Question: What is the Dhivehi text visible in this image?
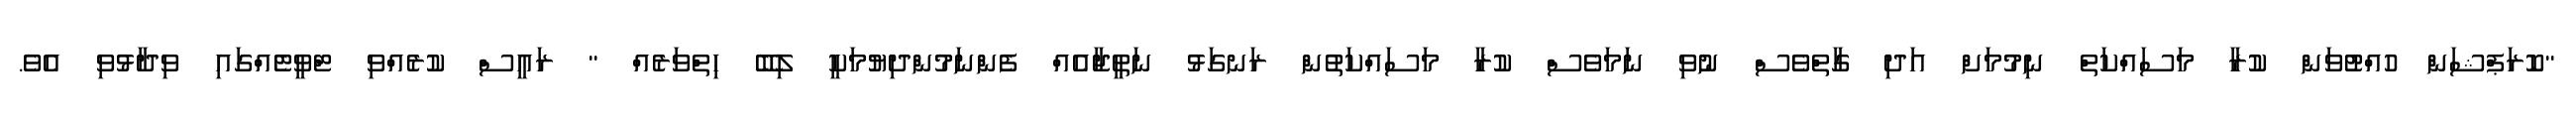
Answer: "ކޮރަޕްޝަން ހުއްޓުވަން ކުރާ މަސައްކަތް ނިމުމަށް އަދި ގާތްވެސް ނުވި ނަމަވެސް ކުރާ މަސައްކަތުން ރަނގަޅު ނަތީޖާއެއް ފެންނަމުންދިޔުމަކީ ލިބޭ ހިތްވަރެއް " ރައީސް ކުރެއްވި ޓްވީޓެއްގައި ވިދާޅުވި އެވެ.